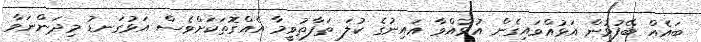
ބައެއް ބޭފުޅުން އަޅުއްވައިގެން އުޅުއްވާ އައިނުގެ ކުލަ ތަފާތުވީމާ އެއްގޮތަކަށްވެސް އަޅުގަނޑު މިދަންނަވާ